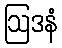
ဩဒနံ